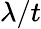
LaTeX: \lambda/t